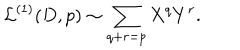
LaTeX: { \cal L } ^ { ( 1 ) } ( D , p ) \sim \sum _ { q + r = p } X ^ { q } Y ^ { r } .